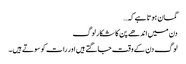
گمان ہوتا ہے کہ…
دن میں اندھے پن کا شکار لوگ
لوگ دن کے وقت جاگتے ہیں اور رات کو سوتے ہیں ۔